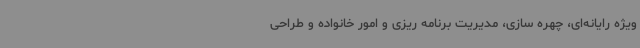
ویژه رایانه‌ای، چهره سازی، مدیریت برنامه ریزی و امور خانواده و طراحی